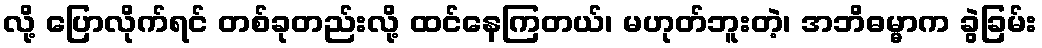
လို့ ပြောလိုက်ရင် တစ်ခုတည်းလို့ ထင်နေကြတယ်၊ မဟုတ်ဘူးတဲ့၊ အဘိဓမ္မာက ခွဲခြမ်း